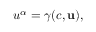
u ^ { \alpha } = \gamma ( c , \mathbf { u } ) ,